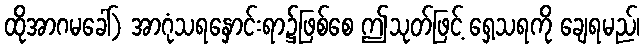
ထိုအာဂမခေါ်) အာဂုံသရနှောင်းရာ၌ဖြစ်စေ ဤသုတ်ဖြင့် ရှေ့သရကို ချေရမည်၊